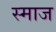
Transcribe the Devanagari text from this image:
स्माज